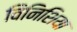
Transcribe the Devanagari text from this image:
विनिशिया